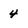
Character: 4